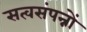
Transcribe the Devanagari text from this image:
सत्वसंपन्नों